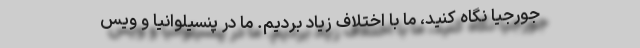
جورجیا نگاه کنید، ما با اختلاف زیاد بردیم. ما در پنسیلوانیا و ویس